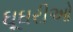
ઘૂઘરીઓ